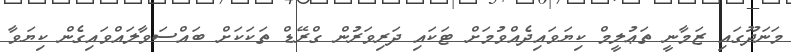
މަނަދޫގައި ޒަމާނީ ތަޢުލީމް ކިޔަވައިދެއްވުމަށް ޓަކައި ދަރިވަރުން ގްރޭޑް ތަކަކަށް ބައްސަވާލައްވައިގެން ކިޔަވާ